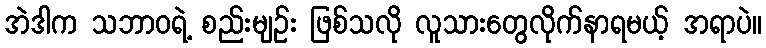
အဲဒါက သဘာဝရဲ့ စည်းမျဉ်း ဖြစ်သလို လူသားတွေလိုက်နာရမယ့် အရာပဲ။